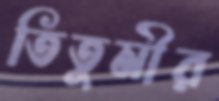
তিতুমীর